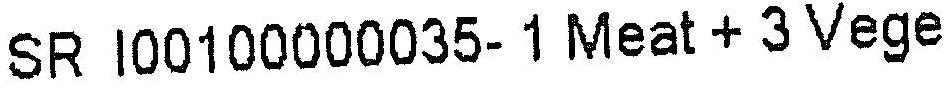
SR I00100000035- 1 MEAT + 3 VEGE